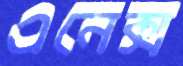
এনেক্স